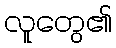
လူတွေ၏